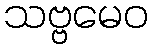
သဗ္ဗမေဝ